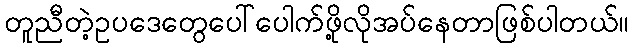
တူညီတဲ့ဥပဒေတွေပေါ်ပေါက်ဖို့လိုအပ်နေတာဖြစ်ပါတယ်။